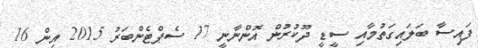
ފައިސާ ބަލައިގަތުމާއި ސީޑީ ދޫކުރުން އޮންނާނީ 17 ސެޕްޓެންބަރު 2015 އިން 16